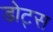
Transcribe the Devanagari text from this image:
डोट्स